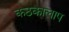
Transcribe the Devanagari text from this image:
कठकालाप